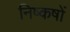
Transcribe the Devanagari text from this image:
निष्कषों